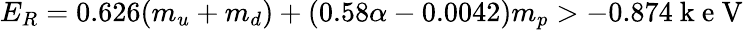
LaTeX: E_{R}=0.626(m_{u}+m_{d})+(0.58\alpha-0.0042)m_{p}>-0.874\mathrm{~k~e~V~}